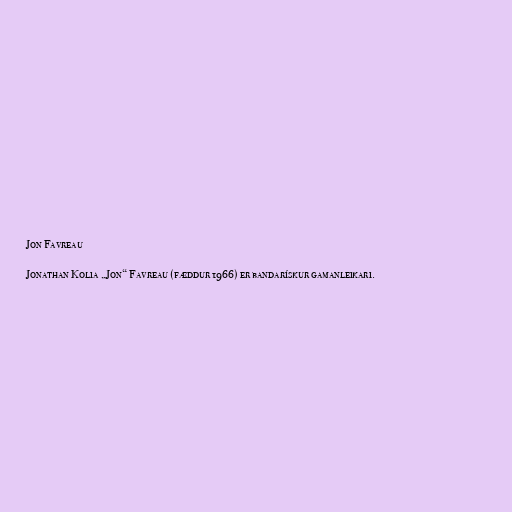
Jon Favreau

Jonathan Kolia „Jon“ Favreau (fæddur 1966) er bandarískur gamanleikari.